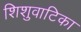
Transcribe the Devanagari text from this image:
शिशुवाटिका